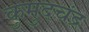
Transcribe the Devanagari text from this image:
कुमुदचंद्र